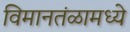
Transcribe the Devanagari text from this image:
विमानतंळामध्ये